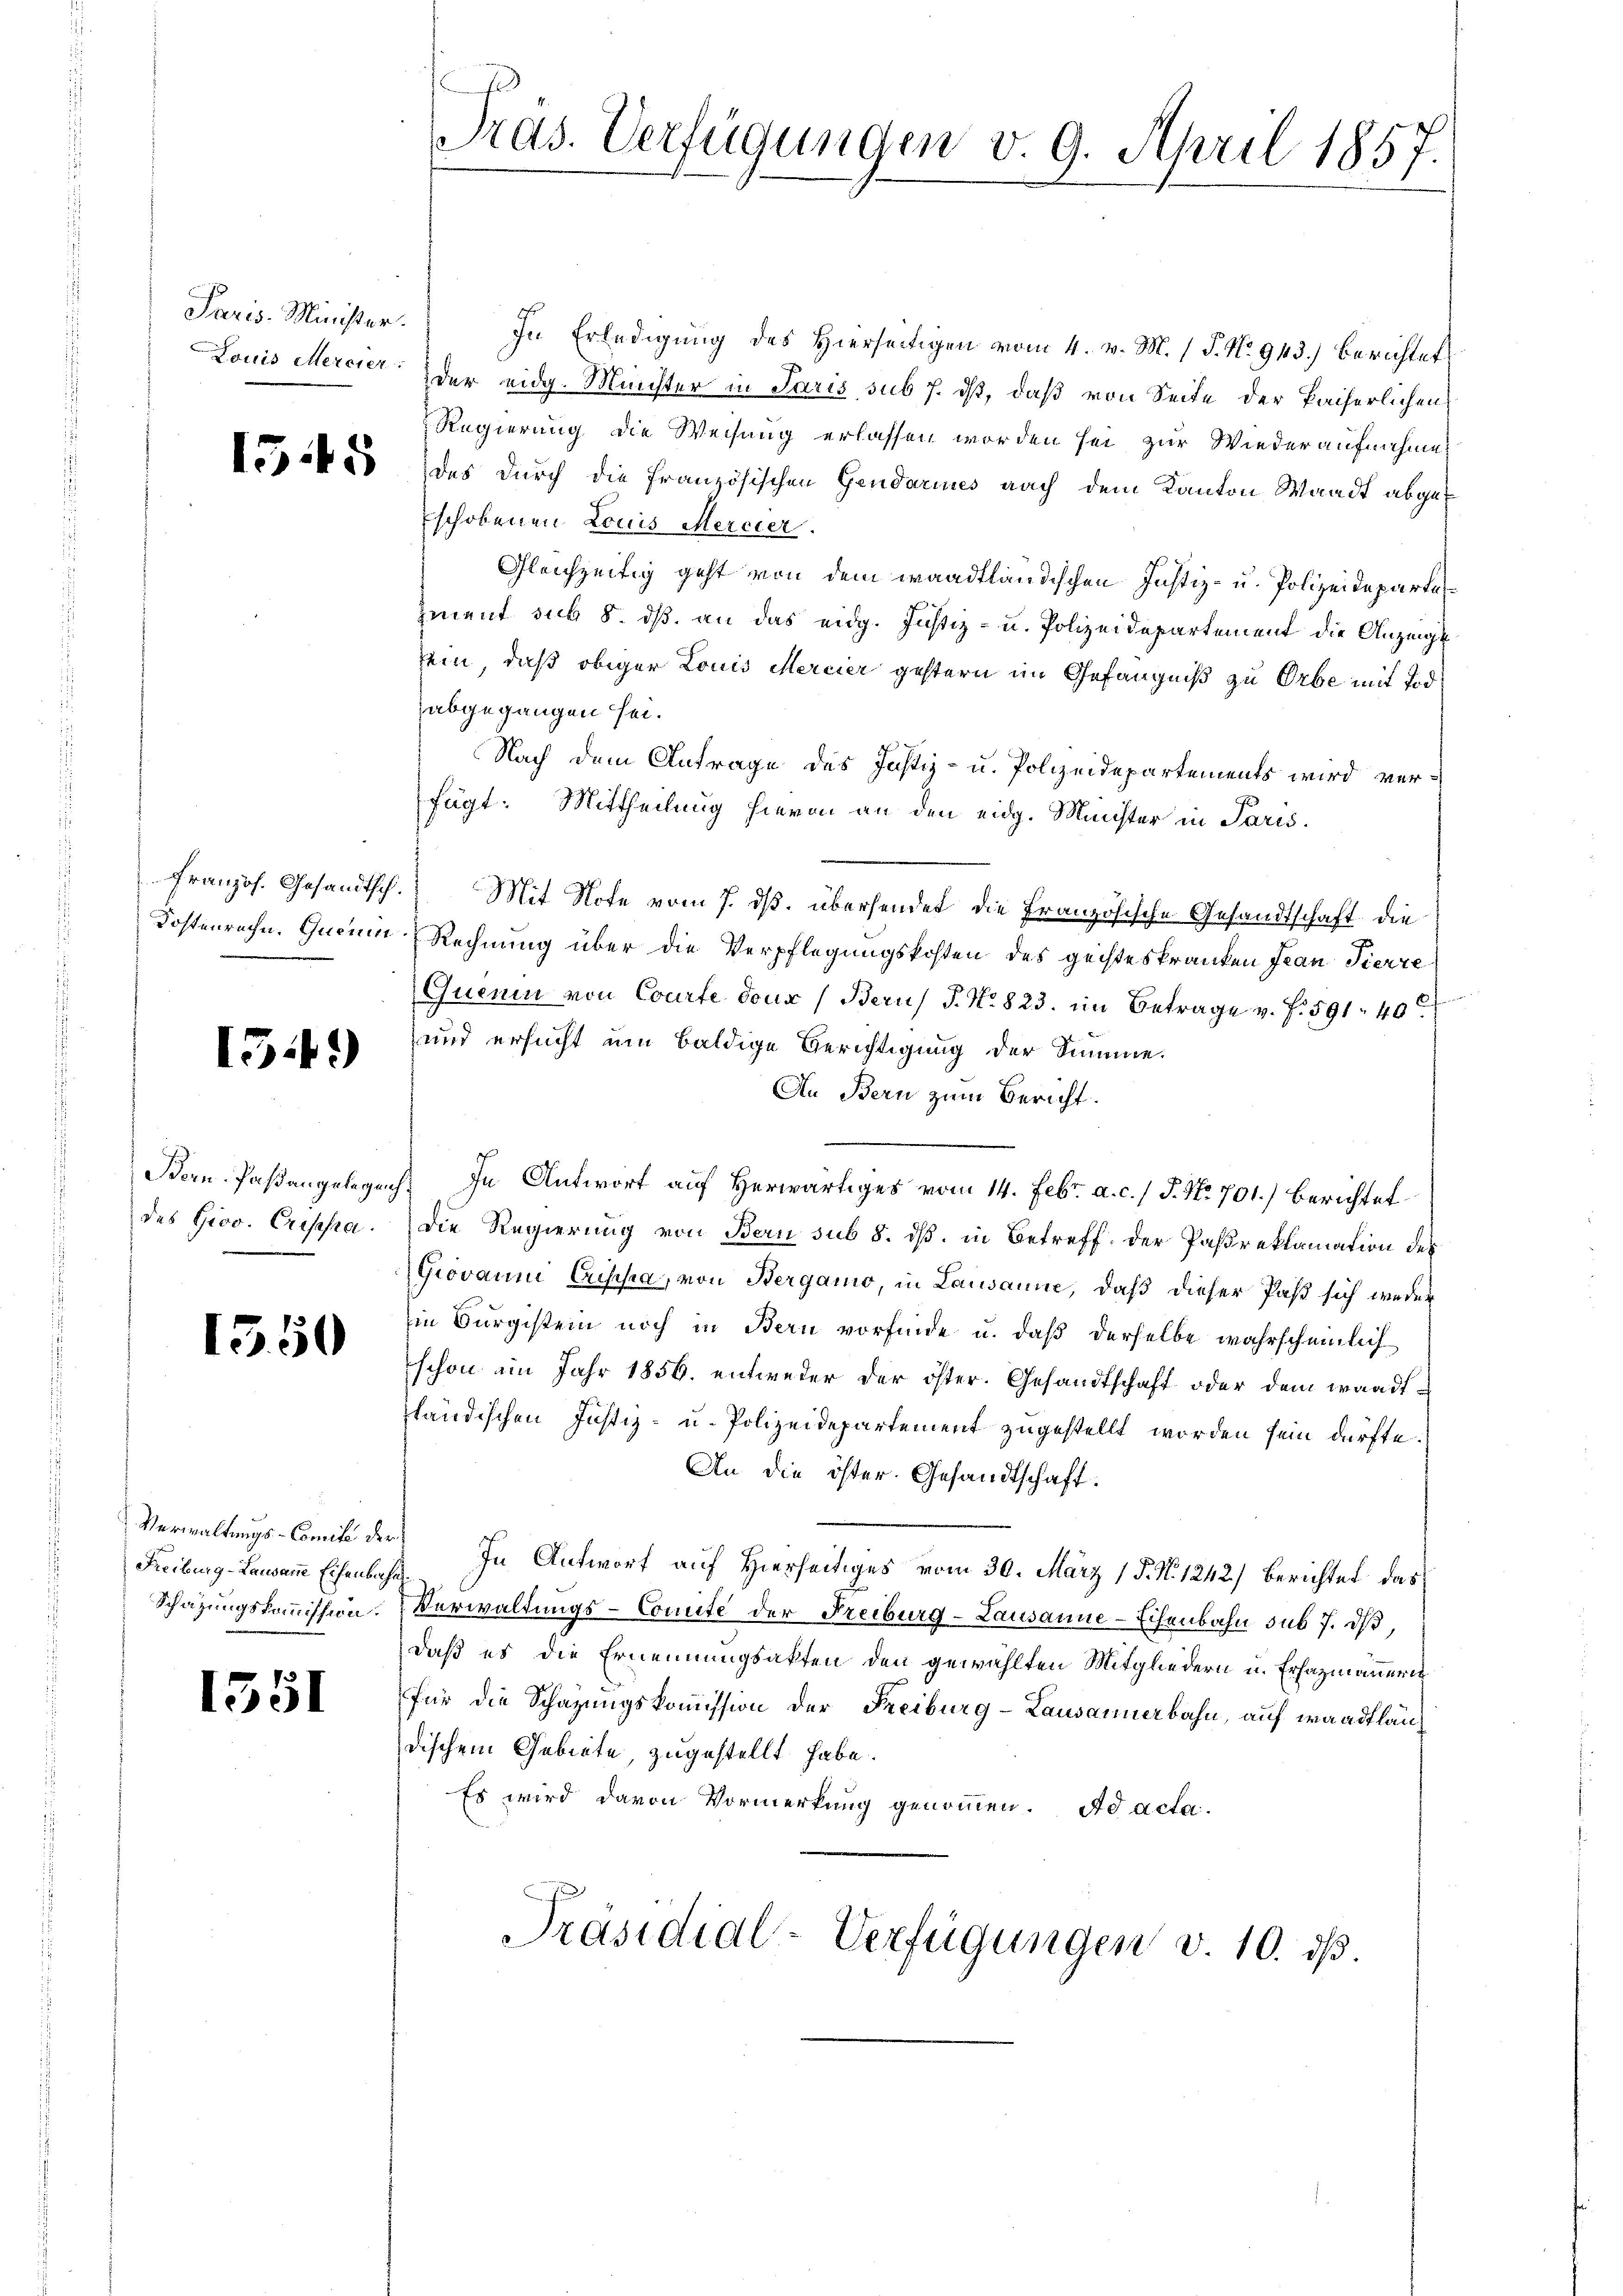
Paris Minister.

54.)

1550

Verwaltungs-Commili der

1551

In Erledigung des Hierseitigen vom 4. v. M. (T. No. 943.) Berichtet
Louis Mercier der eidg. Münster in Paris, sub h. ist, daß von Seite der Pacherlichen
Regierung die Weisung erlassen worden sei zur Wiederaufnahme
 23 des durch die Französischen Gendaraus nach dem Kanton Waadt abgeschobenen Louis Mercier.
Gleichzeitig geht von dem waadtländischen Justiz- u. Polizeideparte
zment sub 8. ds. an das eidg. Justiz- u. Polizeidepartement die Anzeigt
sein, daß obiger Louis Mercier gestern im Gefängniß zu Orbe mit und
abgegangen sei.
Nach dem Antrage des Justiz- u. Polizeidepartements wird verfügt: Mittheilung hievon an den eidg. Minister in Paris.
französ. Gesandtsch. Mit Note vom 7. ds. übersendet die Französische Gesandtschaft die
Kostenrechn. Queum Rechnung über die Verpflegungskosten des geisteskranken Jean Pierre
Quenin von Courte doux (Beruf P. Nr. 823. im Betrage v. f. 591. 40
und ersucht um baldige Berichtigung der Summe.
An Bern zum Bericht.
Bern. Paßangelegen. In Antwort auf herwärtiges vom 14. Febr. a. c. / 5. No. 701.) Berichtet
des Giov. Creppa. Die Regierung von Bau sub 8. dß. in Betreff der Passreklamation des
Giovanni Erscha, von Bergamo, in Lausanne, daß dieser Paß sich weder
in Bürgistein noch in Bern vorfinde u. daß derselbe wahrscheinlich
schon im Jahr 1856. entweder der öster. Gesandtschaft oder dem wandtständischen Justiz- u. Polizeidepartement zugestellt worden sein dürfte.
An die öster. Gesandtschaft:
Freiburg-Landamm Eisenbahn. In Antwort auf Hierseitiges vom 30. März 18. No 1242) berichtet das
Schatzungskommission. Verwaltungs-Comite der Freiburg-Lausanne-Schenbahn sub 7. dβ,
daß es die Ernennungsakten den gewählten Mitgliedern u. Erhazmänneres
für die Schazungskoṁission der Freiburg-Lausannerbahn, auf waadtländischem Gebiete, zugestellt habe.
Es wird davon Vormerkung genommen. Ad acta.
Präsidial-Verfügungen v. 10. ds.

Pras. Verfügungen v. 9. April 1857.